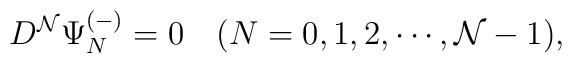
D^{\cal N} \Psi_N^{(-)} = 0 \quad (N=0,1,2, \cdots,{\cal N}-1),